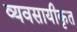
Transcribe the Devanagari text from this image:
व्यवसायीकृत